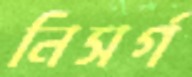
নিসর্গ